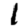
Digit: 1